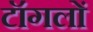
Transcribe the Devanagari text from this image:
टॉगलों